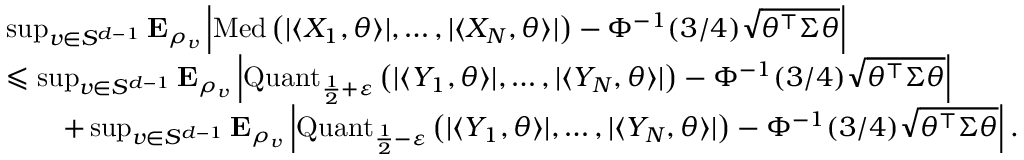
\begin{array} { r l } & { \operatorname* { s u p } _ { v \in S ^ { d - 1 } } { \mathbf E } _ { \rho _ { v } } \left| \operatorname { M e d } \left( | \langle X _ { 1 } , \theta \rangle | , \ldots , | \langle X _ { N } , \theta \rangle | \right) - \Phi ^ { - 1 } ( 3 / 4 ) \sqrt { \theta ^ { \top } \Sigma \theta } \right| } \\ & { \leqslant \operatorname* { s u p } _ { v \in S ^ { d - 1 } } { \mathbf E } _ { \rho _ { v } } \left| \operatorname { Q u a n t } _ { \frac { 1 } { 2 } + \varepsilon } \left( | \langle Y _ { 1 } , \theta \rangle | , \ldots , | \langle Y _ { N } , \theta \rangle | \right) - \Phi ^ { - 1 } ( 3 / 4 ) \sqrt { \theta ^ { \top } \Sigma \theta } \right| } \\ & { \qquad + \operatorname* { s u p } _ { v \in S ^ { d - 1 } } { \mathbf E } _ { \rho _ { v } } \left| \operatorname { Q u a n t } _ { \frac { 1 } { 2 } - \varepsilon } \left( | \langle Y _ { 1 } , \theta \rangle | , \ldots , | \langle Y _ { N } , \theta \rangle | \right) - \Phi ^ { - 1 } ( 3 / 4 ) \sqrt { \theta ^ { \top } \Sigma \theta } \right| . } \end{array}